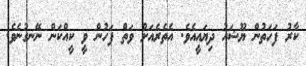
ކާރު ފަހަތުން ޔޫޝައު ދިޔައީއެވެ. އެތެރެއަށް ވަތް ފަހުން ވީ ކީއްކަން ނޭނގުނެވެ.